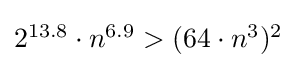
{\textstyle 2^{13{.}8}\cdot n^{6{.}9}>(64\cdot n^{3})^{2}}